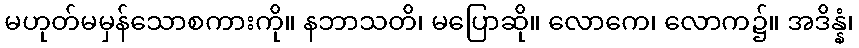
မဟုတ်မမှန်သောစကားကို။ နဘာသတိ၊ မပြောဆို။ လောကေ၊ လောက၌။ အဒိန္နံ၊